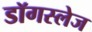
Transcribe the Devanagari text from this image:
डॉगस्लेज